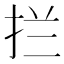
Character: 拦